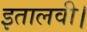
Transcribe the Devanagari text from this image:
इतालवी।